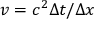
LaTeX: v = c ^ { 2 } \Delta t / \Delta x